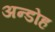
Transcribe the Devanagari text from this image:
अन्डोह